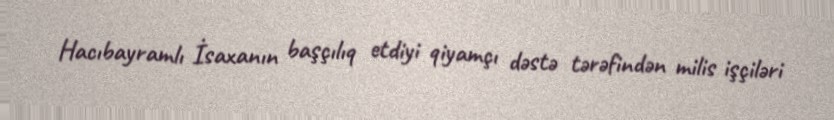
Hacıbayramlı İsaxanın başçılıq etdiyi qiyamçı dəstə tərəfindən milis işçiləri